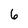
Character: 6